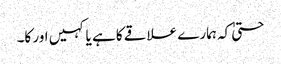
حتیٰ کہ ہمارے علاقے کا ہے یا کہیں اور کا۔